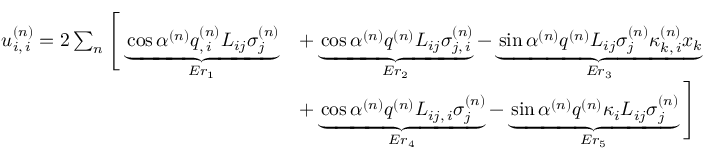
\begin{array} { r l } { u _ { i , \, i } ^ { ( n ) } = 2 \sum _ { n } \Bigg [ \underbrace { \cos \alpha ^ { ( n ) } q _ { , \, i } ^ { ( n ) } L _ { i j } \sigma _ { j } ^ { ( n ) } } _ { E r _ { 1 } } } & { + \underbrace { \cos \alpha ^ { ( n ) } q ^ { ( n ) } L _ { i j } \sigma _ { j , \, i } ^ { ( n ) } } _ { E r _ { 2 } } - \underbrace { \sin \alpha ^ { ( n ) } q ^ { ( n ) } L _ { i j } \sigma _ { j } ^ { ( n ) } \kappa _ { k , \, i } ^ { ( n ) } x _ { k } } _ { E r _ { 3 } } } \\ & { + \underbrace { \cos \alpha ^ { ( n ) } q ^ { ( n ) } L _ { i j , \, i } \sigma _ { j } ^ { ( n ) } } _ { E r _ { 4 } } - \underbrace { \sin \alpha ^ { ( n ) } q ^ { ( n ) } \kappa _ { i } L _ { i j } \sigma _ { j } ^ { ( n ) } } _ { E r _ { 5 } } \Bigg ] } \end{array}